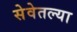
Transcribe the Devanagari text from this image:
सेवेतल्या